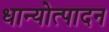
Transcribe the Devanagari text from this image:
धान्योत्पादन